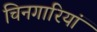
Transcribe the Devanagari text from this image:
चिनगारियां